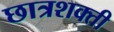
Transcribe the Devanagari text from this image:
छात्रशक्ती